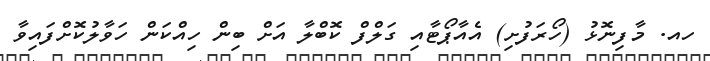
ހއ. މާފިނޮޅު (ހޯރަފުށި) އެއާޕޯޓާއި ގަލްފް ކޮބްލާ އަށް ބިން ހިއްކަން ހަވާލުކޮށްފައިވާ